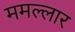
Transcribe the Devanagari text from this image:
ममल्लार